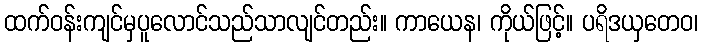
ထက်ဝန်းကျင်မှပူလောင်သည်သာလျင်တည်း။ ကာယေန၊ ကိုယ်ဖြင့်။ ပရိဒယှတေဝ၊